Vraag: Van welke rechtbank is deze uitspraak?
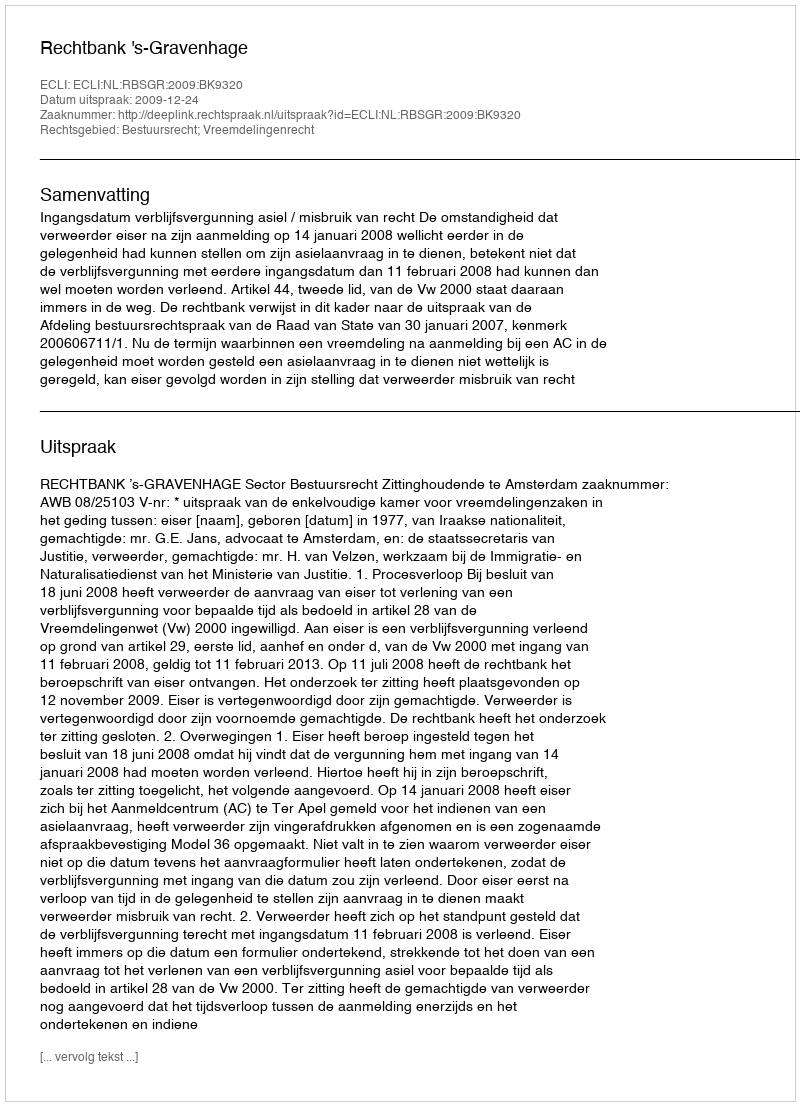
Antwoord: Rechtbank 's-Gravenhage